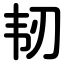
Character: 韧